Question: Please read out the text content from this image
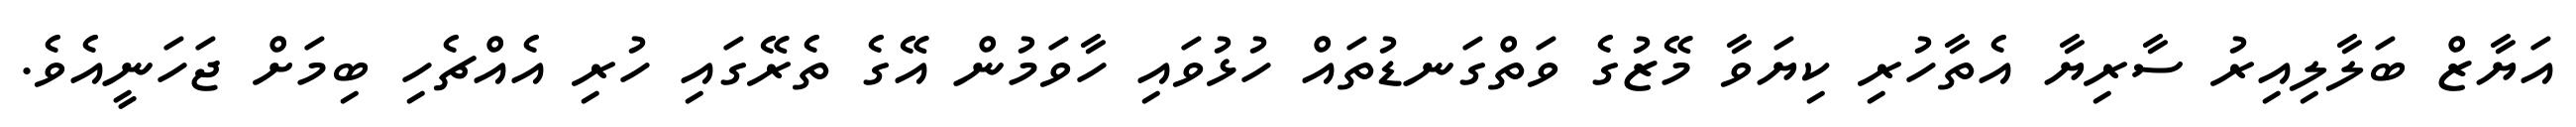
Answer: އަޔާޒް ބަލާލިއިރު ސާރިޔާ އެތާހުރި ކިޔަވާ މޭޒުގެ ވަތްގަނޑުތައް ހުޅުވައި ހާވަމުން އޭގެ ތެރޭގައި ހުރި އެއްޗެހި ބިމަށް ޖަހަނީއެވެ.